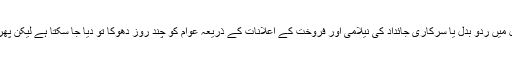
عوامی نعرے بازی کے ذریعہ ،سرکاری عمارتوں کے استعما ل میں ردو بدل یا سرکاری جائداد کی نیلامی اور فروخت کے اعلانات کے ذریعہ عوام کو چند روز دھوکا تو دیا جا سکتا ہے لیکن پھر حقیقت کھل کر سامنے آتی ہے اور عوام کو دھچکے لگتے ہیں۔